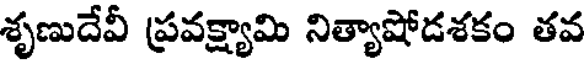
శృణుదేవీ ప్రవక్ష్యామి నిత్యాషోడశకం తవ